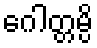
ဂေါတ္တမ္ပိ